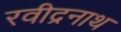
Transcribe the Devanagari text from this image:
रवीद्रनाथ